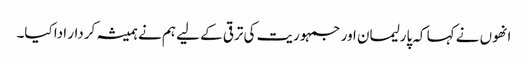
انھوں نے کہا کہ پارلیمان اور جمہوریت کی ترقی کے لیے ہم نے ہمیشہ کردار ادا کیا۔